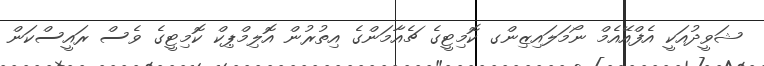
ޝަވީދުއަކީ އެފްއޭއެމް ނޯމަލައިޒިންގ ކޮމިޓީގެ ޗެއާމަންގެ އިތުރުން އޮލިމްޕިކް ކޮމިޓީގެ ވެސް ރައީސްކަން